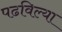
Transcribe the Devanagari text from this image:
पढविल्या